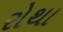
રોથા